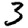
Digit: 3